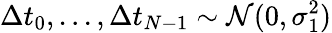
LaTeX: \Delta t_{0},...,\Delta t_{N-1}\sim\mathcal{N}(0,\sigma_{1}^{2})